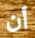
أن